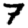
Digit: 7